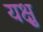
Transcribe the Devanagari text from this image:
यक्षु